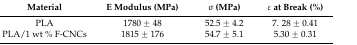
<table><thead><tr><td><b>Material</b></td><td><b>E Modulus (MPa)</b></td><td><b>σ (MPa)</b></td><td><b>ε at Break (%)</b></td></tr></thead><tbody><tr><td>PLA</td><td>1780 ± 48</td><td>52.5 ± 4.2</td><td>7. 28 ± 0.41</td></tr><tr><td>PLA/1 wt % F-CNCs</td><td>1815 ± 176</td><td>54.7 ± 5.1</td><td>5.30 ± 0.31</td></tr></tbody></table>